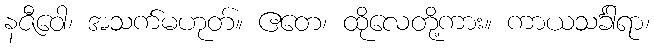
နဇီဝေါ၊ အသက်မဟုတ်။ ဧတေ၊ ထိုလေတို့ကား။ ကာယသင်္ခါရာ၊